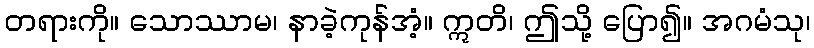
တရားကို။ သောဿာမ၊ နာခဲ့ကုန်အံ့။ ဣတိ၊ ဤသို့ ပြော၍။ အဂမံသု၊